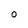
Character: O